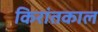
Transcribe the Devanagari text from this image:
किरांतकाल